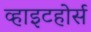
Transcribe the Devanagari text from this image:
व्हाइटहोर्स